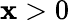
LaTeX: \mathbf{x}>0